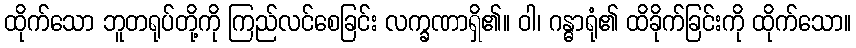
ထိုက်သော ဘူတရုပ်တို့ကို ကြည်လင်စေခြင်း လက္ခဏာရှိ၏။ ဝါ၊ ဂန္ဓာရုံ၏ ထိခိုက်ခြင်းကို ထိုက်သော။